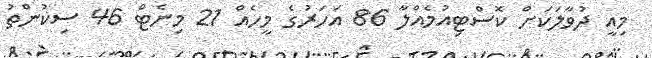
މިއީ ދުވާލަކަށް ކޮސްޓިއުމެއްލާ 86 އަހަރުގެ މީހެއް 21 މިނެޓް 46 ސިކުންތު